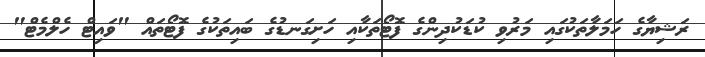
ރަޝިޔާގެ ހަމަލާތަކުގައި މަރުވި ކުޑަކުދިންގެ ފޮޓޯތަކާއި ހަށިގަނޑުގެ ބައިތަކުގެ ފޮޓޯތައް "ވައިޓް ހެލްމެޓް"